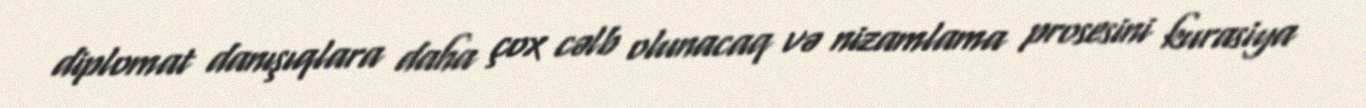
diplomat danışıqlara daha çox cəlb olunacaq və nizamlama prosesini kurasiya